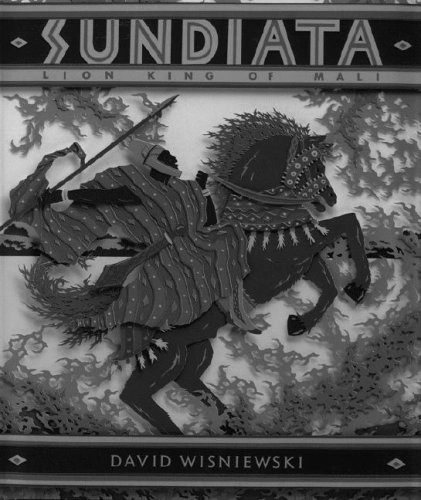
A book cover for Sundiata: Lion King of Mali; David Wisniewski; Children's Books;